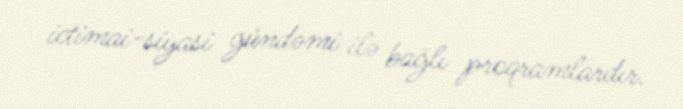
ictimai-siyasi gündəmi ilə bağlı proqramlardır.